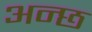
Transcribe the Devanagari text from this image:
अन्छ